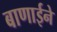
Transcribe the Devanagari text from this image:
बाणाईने